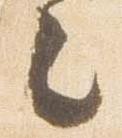
之